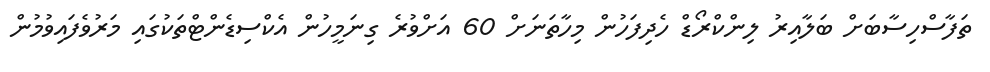
ތަފާސްހިސާބަށް ބަލާއިރު ލިންކްރޯޑް ހެދިފަހުން މިހާތަނަށް 60 އަށްވުރެ ގިނަމީހުން އެކްސިޑެންޓްތަކުގައި މަރުވެފައިވުމުން